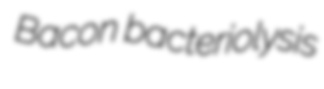
Bacon bacteriolysis